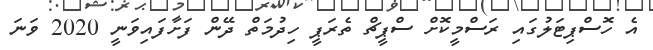
އެ ހޮސްޕިޓަލުގައި ރަސްމީކޮށް ސްޕީޗް ތެރަޕީ ހިދުމަތް ދޭން ފަށާފައިވަނީ 2020 ވަނަ